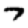
Digit: 7